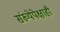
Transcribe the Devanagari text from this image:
संख्येपेक्षाही